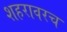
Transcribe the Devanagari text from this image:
शहरावरच